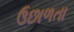
ઉછાળતા